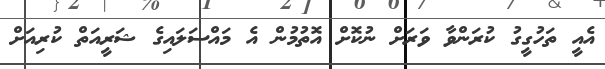
އެއީ ތަހުގީގު ކުރަންވާ ވަރަށް ނުކޮށް އޮތުމުން އެ މައްސަލައިގެ ޝަރީއަތް ކުރިއަށް